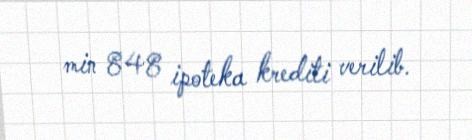
min 848 ipoteka krediti verilib.